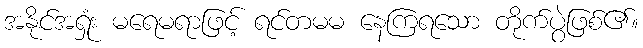
အနိုင်အရှုံး မရေမရာဖြင့် ရင်တမမ နေကြရသော တိုက်ပွဲဖြစ်၏။